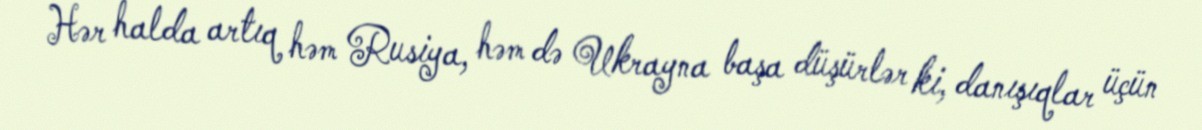
Hər halda artıq həm Rusiya, həm də Ukrayna başa düşürlər ki, danışıqlar üçün